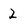
Character: 2